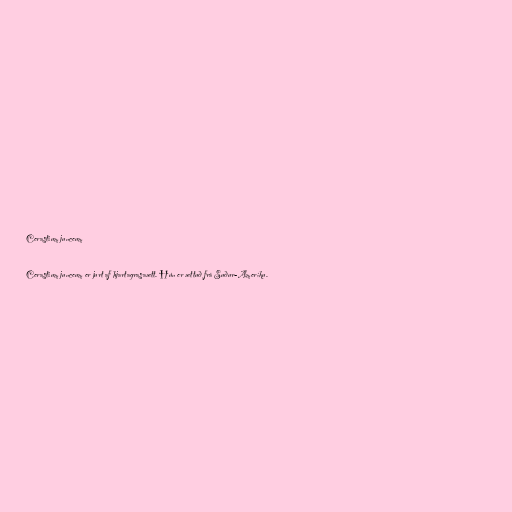
Cerastium junceum

Cerastium junceum er jurt af hjartagrasaætt. Hún er ættuð frá Suður-Ameríku.